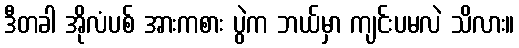
ဒီတခါ အိုလံပစ် အားကစား ပွဲက ဘယ်မှာ ကျင်းပမလဲ သိလား။